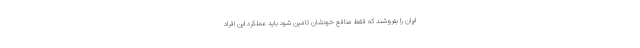
ایران را بفروشند که فقط منافع خودشان تامین شود باید عملکرد این افراد